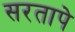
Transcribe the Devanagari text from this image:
सरतापे